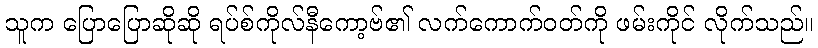
သူက ပြောပြောဆိုဆို ရပ်စ်ကိုလ်နီကော့ဗ်၏ လက်ကောက်ဝတ်ကို ဖမ်းကိုင် လိုက်သည်။